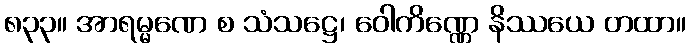
၈၃၃။ အာရမ္မဏေ စ သံသဋ္ဌေ၊ ဝေါကိဏ္ဏေ နိဿယေ တထာ။